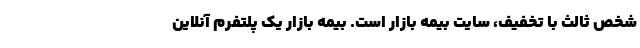
شخص ثالث با تخفیف‌‌، سایت بیمه بازار است. بیمه بازار یک پلتفرم آنلاین